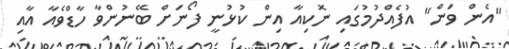
"އެން ވަން" އުފެއްދުމުގައި ނޮކިއާ އިން ކުޅުނީ ފޯނަށް ބޭނުންވާ ހާޑްވެއާ އާއި